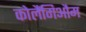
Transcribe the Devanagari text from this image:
कोलैंगिऔम